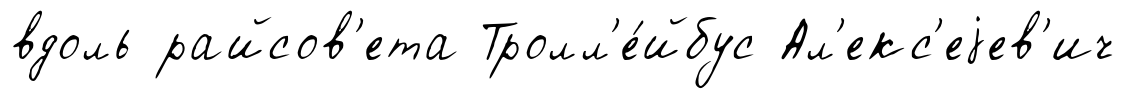
вдоль райсов'ета Тролл'е́йбус Ал'екс'еjев'ич